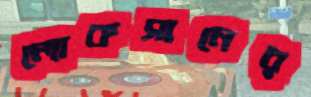
লোকসানের